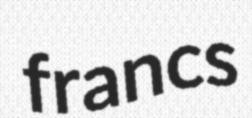
francs